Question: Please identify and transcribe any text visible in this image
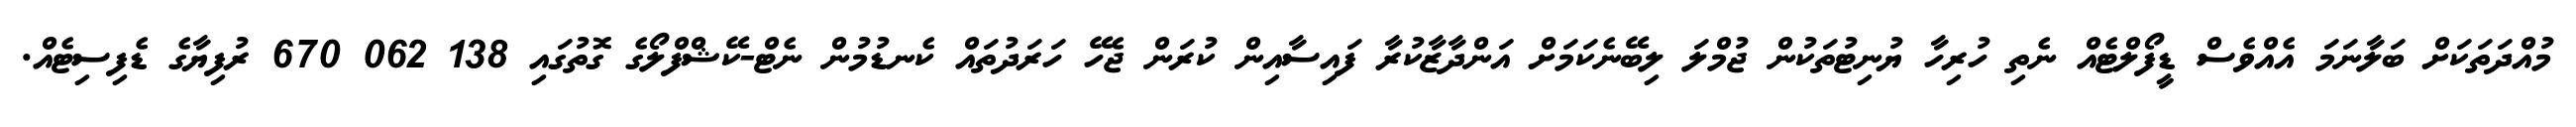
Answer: މުއްދަތަކަށް ބަލާނަމަ އެއްވެސް ޑީފޯލްޓެއް ނެތި ހުރިހާ ޔުނިޓުތަކުން ޖުމްލަ ލިބޭނެކަމަށް އަންދާޒާކުރާ ފައިސާއިން ކުރަން ޖެހޭ ހަރަދުތައް ކެނޑުމުން ނެޓް-ކޭޝްފްލޯގެ ގޮތުގައި 138 062 670 ރުފިޔާގެ ޑެފިސިޓެއް.